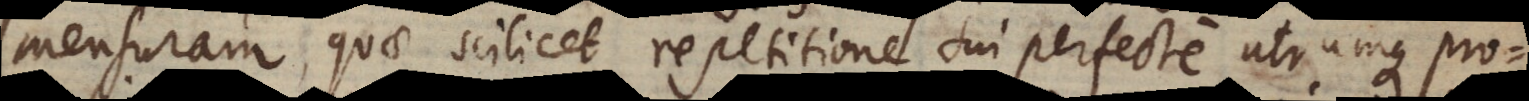
mensuram, quae scilicet repetitione sui perfecte utrumque pro